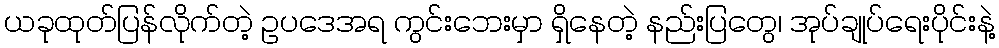
ယခုထုတ်ပြန်လိုက်တဲ့ ဥပဒေအရ ကွင်းဘေးမှာ ရှိနေတဲ့ နည်းပြတွေ၊ အုပ်ချုပ်ရေးပိုင်းနဲ့